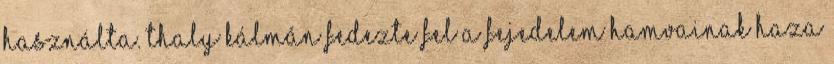
használta. Thaly Kálmán fedezte fel a fejedelem hamvainak haza